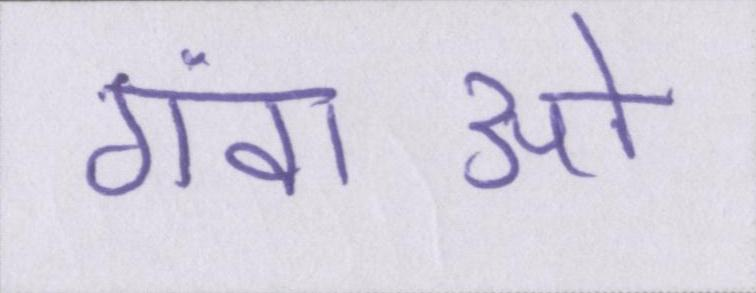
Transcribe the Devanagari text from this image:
गंवाओ